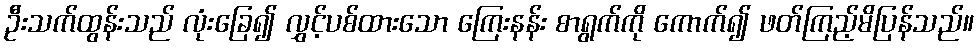
ဦးသက်ထွန်းသည် လုံးခြေ၍ လွှင့်ပစ်ထားသော ကြေးနန်း စာရွက်ကို ကောက်၍ ဖတ်ကြည့်မိပြန်သည်။